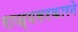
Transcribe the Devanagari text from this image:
राज्यसरकारने